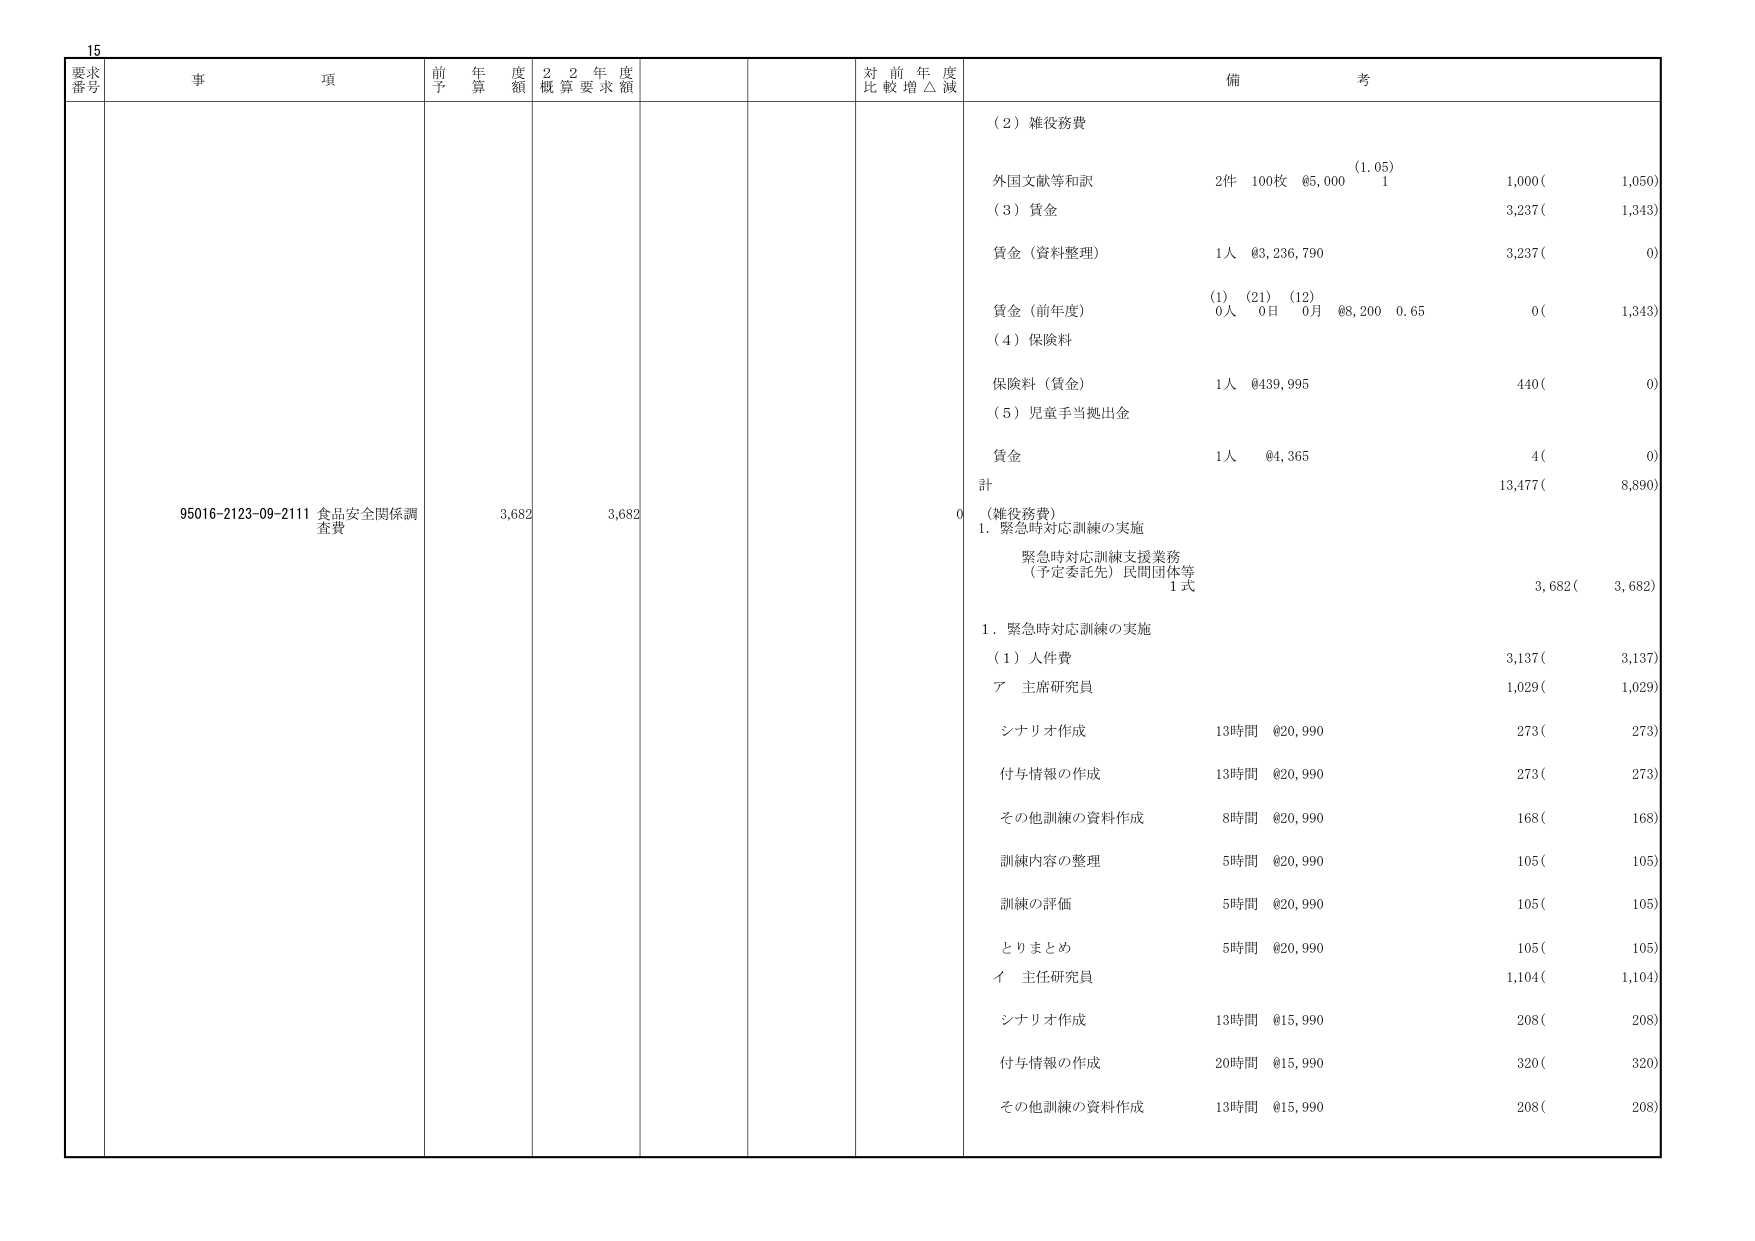
15
要求番号
事項
前年度予算額
2年度概算要求額
対前年度比較増△減
備考
95016-2123-09-2111 食品安全関係調査費
3,682
3,682
0
（2）雑役務費
外国文献等和訳
2件 100枚 ¥5,000 (1.05) 1
1,000( 1,050)
（3）賃金
3,237( 1,343)
賃金（資料整理）
1人 ¥3,236,790
3,237( 0)
賃金（前年度）
(1) (21) (12)
0人 0日 0月 ¥8,200 0.65
0( 1,343)
（4）保険料
保険料（賃金）
1人 ¥439,995
440( 0)
（5）児童手当拠出金
賃金
1人 ¥4,365
4( 0)
計
13,477( 8,890)
（雑役務費）
1．緊急時対応訓練の実施
緊急時対応訓練支援業務
（予定委託先）民間団体等
1式
3,682( 3,682)
1．緊急時対応訓練の実施
（1）人件費
3,137( 3,137)
ア 主席研究員
1,029( 1,029)
シナリオ作成
13時間 ¥20,990
273( 273)
付与情報の作成
13時間 ¥20,990
273( 273)
その他訓練の資料作成
8時間 ¥20,990
168( 168)
訓練内容の整理
5時間 ¥20,990
105( 105)
訓練の評価
5時間 ¥20,990
105( 105)
とりまとめ
5時間 ¥20,990
105( 105)
イ 主任研究員
1,104( 1,104)
シナリオ作成
13時間 ¥15,990
208( 208)
付与情報の作成
20時間 ¥15,990
320( 320)
その他訓練の資料作成
13時間 ¥15,990
208( 208)